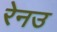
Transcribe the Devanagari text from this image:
रेनउ